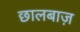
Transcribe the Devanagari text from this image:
छालबाज़